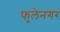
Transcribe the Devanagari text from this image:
फुलेनगर